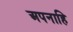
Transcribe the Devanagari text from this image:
अपनाहि